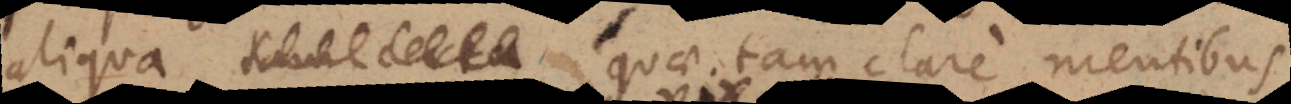
certa quae tam clare mentibus